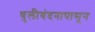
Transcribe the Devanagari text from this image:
धुलीवंदनापासून